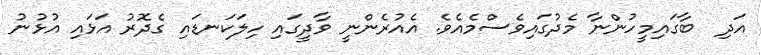
އަދި  ބާގައިމީހުންނާ މެދުގައިވެސްމެއެވެ. އެއުރެންނީ ވާދީގައި ހިލަކަނޑައި ގެދޮރު އަޅައި އުޅުނު